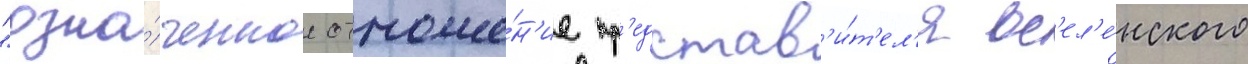
"озна́ченное отноше́н'ие пр'едстав'и́т'ел'я вс'ел'е́нского